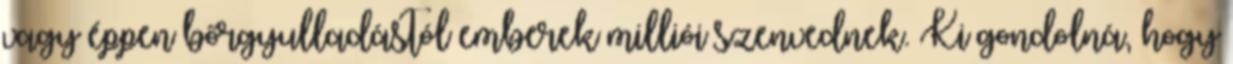
vagy éppen bőrgyulladástól emberek milliói szenvednek. Ki gondolná, hogy